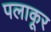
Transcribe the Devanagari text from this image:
पलाकूर